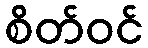
စိတ်ဝင်